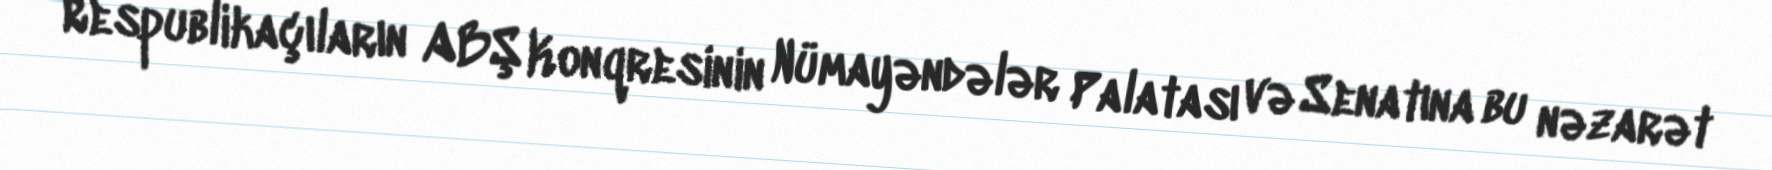
Respublikaçıların ABŞ Konqresinin Nümayəndələr Palatası və Senatına bu nəzarət